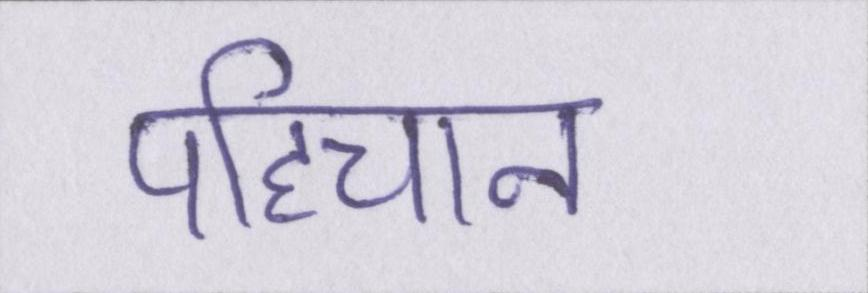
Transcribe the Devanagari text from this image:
पहिचान